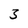
Character: 3